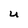
Character: U